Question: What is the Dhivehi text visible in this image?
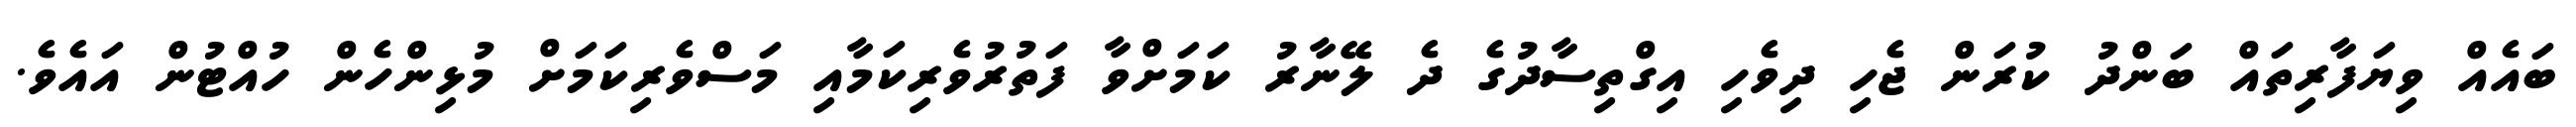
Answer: ބައެއް ވިޔަފާރިތައް ބަންދު ކުރަން ޖެހި ދިވެހި އިގްތިސާދުގެ ދެ ލޭނާރު ކަމަށްވާ ފަތުރުވެރިކަމާއި މަސްވެރިކަމަށް މުޅިންހެން ހުއްޓުން އައެވެ.